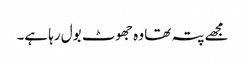
مجھے پتہ تھا وہ جھوٹ بول رہا ہے۔